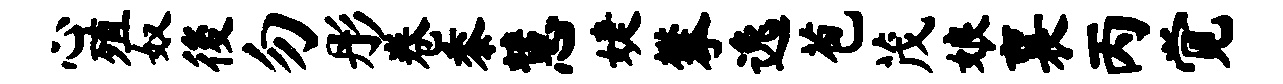
心殖奴後勿彤卷黍慧婕攀逸苞茂娘襄丙觉